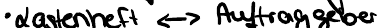
Lastenheft <-> Auftraggeber